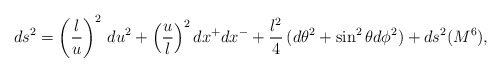
\begin{align*}ds^2= \left(\frac{l}{u}\right)^2\,du^2 + \left(\frac{u}{l}\right)^2 dx^+dx^-+\frac{l^2}{4}\, (d\theta^2 + \sin^2 \theta d\phi^2) + ds^2(M^6),\end{align*}